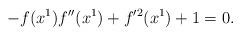
LaTeX: \begin{align*} -f(x^1)f''(x^1)+f'^2(x^1)+1=0.\end{align*}